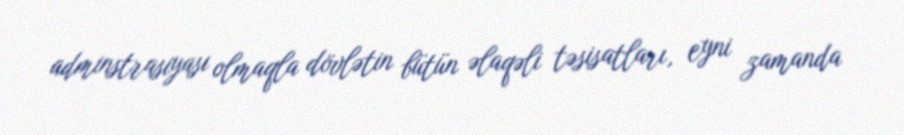
adminstrasiyası olmaqla dövlətin bütün əlaqəli təsisatları, eyni zamanda